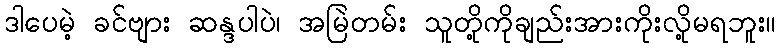
ဒါပေမဲ့ ခင်ဗျား ဆန္ဒပါပဲ၊ အမြဲတမ်း သူတို့ကိုချည်းအားကိုးလို့မရဘူး။